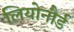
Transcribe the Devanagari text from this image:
लियोनौर्ड